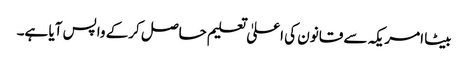
بیٹا امریکہ سے قانون کی اعلیٰ تعلیم حاصل کرکے واپس آیا ہے۔